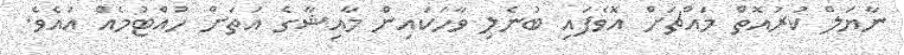
ނާޔަލް ކުރުއޮތް މައްޗަށް އޮވެފައި ބުނެލި ވާހަކައިން މާއިޝާގެ އަތަށް ހުއްޓުމެއް އައެވެ.